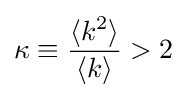
{\begin{aligned}\kappa \equiv {\frac {\langle k^{2}\rangle }{\langle k\rangle }}>2\end{aligned}}